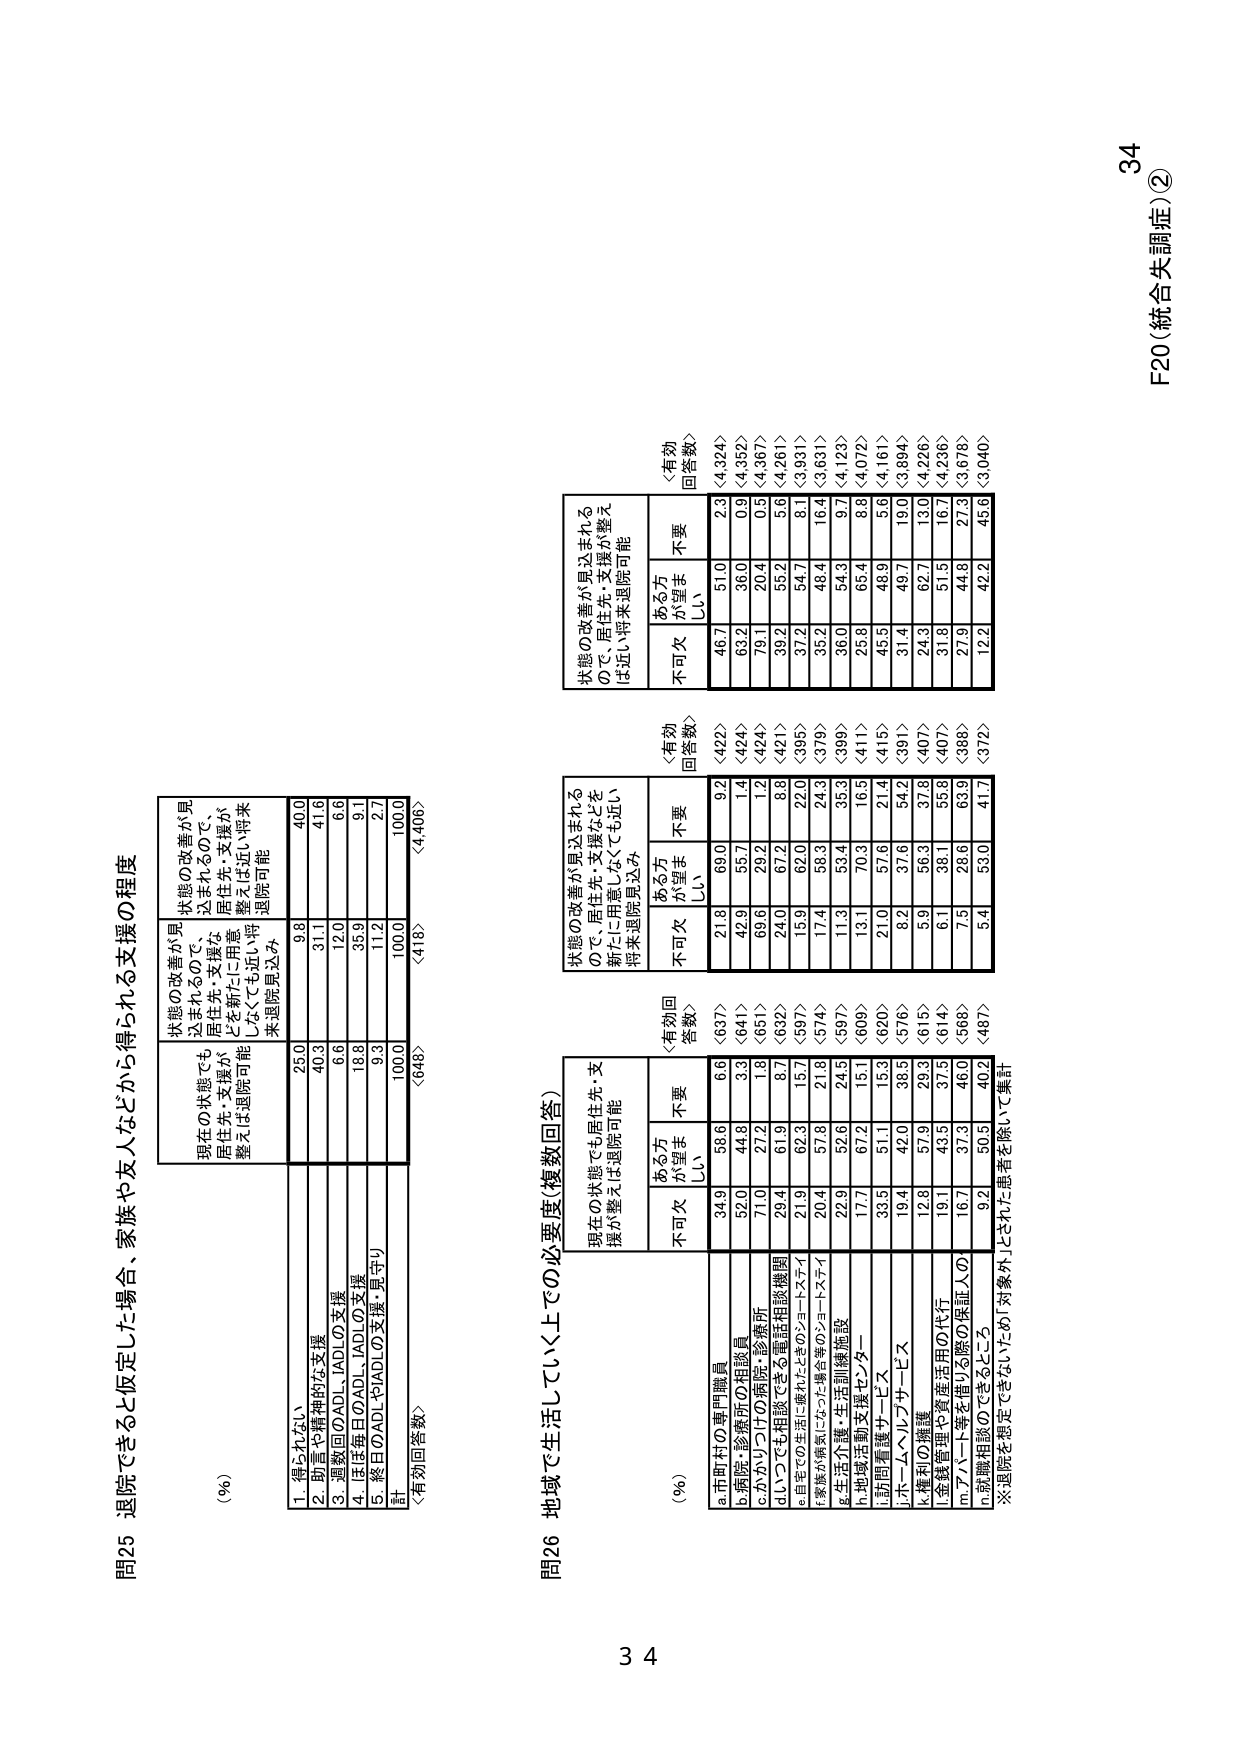
F20（統合失調症）②
34

問25 退院できると仮定した場合、家族や友人などから得られる支援の程度

（％）
現在の状態でも
居住先・支援が
整えば退院可能
状態の改善が見
込まれるので、
居住先・支援な
ど新たに用意
しなくても近い将来
退院可能
状態の改善が見
込まれるので、
居住先・支援が
整えば近い将来
退院可能
1. 得られない
25.0
9.8
40.0
2. 助言や精神的な支援
40.3
31.1
41.6
3. 通院時のADL・IADLの支援
6.6
12.0
6.6
4. ほぼ毎日のADL・IADLの支援
18.8
35.9
9.1
5. 終日のADLやIADLの支援・見守り
9.3
11.2
2.7
計
100.0
100.0
100.0
〈有効回答数〉
〈648〉
〈418〉
〈4,406〉

問26 地域で生活していく上での必要度（複数回答）

（％）
現在の状態でも居住先・支
援が整えば退院可能
状態の改善が見込まれる
ので、居住先・支援などを
新たに用意しなくても近い
将来退院見込み
状態の改善が見込まれる
ので、居住先・支援が整え
ば近い将来退院可能
不可欠
ある方
が望ま
しい
不要
〈有効回
答数〉
不可欠
ある方
が望ま
しい
不要
〈有効
回答数〉
不可欠
ある方
が望ま
しい
不要
〈有効
回答数〉
a.市町村の専門職員
34.9
58.6
6.6
〈637〉
21.8
69.0
9.2
〈422〉
46.7
51.0
2.3
〈4,324〉
b.病院・診療所の相談員
52.0
44.8
3.3
〈641〉
42.9
55.7
1.4
〈424〉
63.2
36.0
0.9
〈4,352〉
c.かかりつけの病院・診療所
71.0
27.2
1.8
〈651〉
69.6
29.2
1.2
〈424〉
79.1
20.4
0.5
〈4,367〉
d.いつでも相談できる電話相談機関
29.4
61.9
8.7
〈632〉
24.0
67.2
8.8
〈421〉
39.2
55.2
5.6
〈4,261〉
e.自宅での生活に適れたときのショートステイ
21.9
62.3
15.7
〈597〉
15.9
62.0
22.0
〈395〉
37.2
54.7
8.1
〈3,931〉
f.家族が病気になった場合等のショートステイ
20.4
57.8
21.8
〈574〉
17.4
58.3
24.3
〈379〉
35.2
48.4
16.4
〈3,631〉
g.生活介護・生活訓練施設
22.9
52.6
24.5
〈597〉
11.3
53.4
35.3
〈399〉
36.0
54.3
9.7
〈4,123〉
h.地域活動支援センター
17.7
67.2
15.1
〈609〉
13.1
70.3
16.3
〈411〉
25.8
65.4
8.8
〈4,072〉
i.訪問看護サービス
33.5
51.1
15.3
〈620〉
21.0
57.6
21.4
〈415〉
45.5
48.9
5.6
〈4,161〉
j.ホームヘルプサービス
19.4
42.0
38.5
〈576〉
8.2
37.6
54.2
〈391〉
31.4
49.7
19.0
〈3,894〉
k.権利の擁護
12.8
57.9
29.3
〈615〉
5.9
56.3
37.8
〈407〉
24.3
62.7
13.0
〈4,226〉
l.金銭管理や資産活用の代行
19.1
43.5
37.5
〈614〉
6.1
38.1
55.8
〈407〉
31.8
51.5
16.7
〈4,236〉
m.アパート等を借りる際の保証人の
16.7
37.3
46.0
〈568〉
7.5
28.6
63.9
〈388〉
27.9
44.8
27.3
〈3,678〉
n.就職相談のできるところ
9.2
50.5
40.2
〈487〉
5.4
53.0
41.7
〈372〉
12.2
42.2
45.6
〈3,040〉
※退院を想定できない「あ」対象外」にされた患者を除いて集計

34